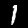
Digit: 1